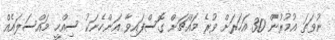
ނުވަތަ އުމުރުން 30 އަހަރަށް ވުރެ މައްޗަށް ގޮސްފައިވާ އަންހެނަކު ސިއްހީ މައްސަލައެއް